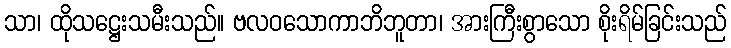
သာ၊ ထိုသဋ္ဌေးသမီးသည်။ ဗလဝသောကာဘိဘူတာ၊ အားကြီးစွာသော စိုးရိမ်ခြင်းသည်